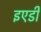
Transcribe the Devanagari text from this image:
इएडी